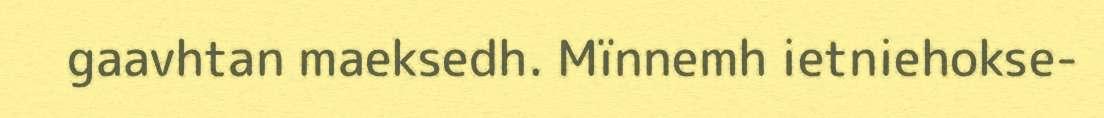
gaavhtan maeksedh. Mïnnemh ietniehokse-